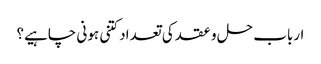
ارباب حل و عقد کی تعداد کتنی ہونی چاہیے؟